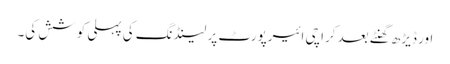
اور ڈیڑھ گھنٹے بعد کراچی ائیرپورٹ پر لینڈنگ کی پہلی کوشش کی۔